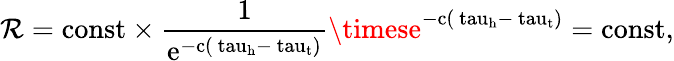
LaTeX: \mathcal{R}=\mathrm{{{const}\times\frac{{1}}{{e^{-c(\ tau_{h}-\ tau_{t})}}}\timese^{-c(\ tau_{h}-\ tau_{t})}=\mathrm{{{const},}}}}